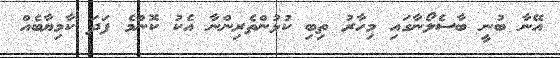
އޭނާ ބުނީ ބާސެލޯނާގައި މިހާރު ތިބި ކުޅުންތެރިންނާ އެކު ކޮންމެ ފަދަ ކާމިޔާބެއް